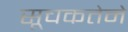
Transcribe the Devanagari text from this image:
सूचकतेने